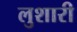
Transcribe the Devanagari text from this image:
लुशारी